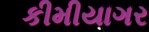
કીમીયાગર